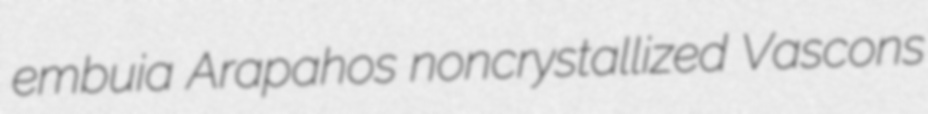
embuia Arapahos noncrystallized Vascons